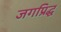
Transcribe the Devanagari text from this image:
जगप्रिद्ध